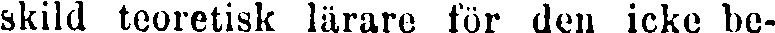
skild teoretisk lärare för den icke be-